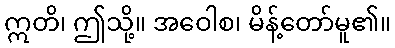
ဣတိ၊ ဤသို့။ အဝေါစ၊ မိန့်တော်မူ၏။